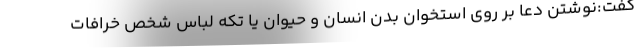
گفت:نوشتن دعا بر روی استخوان بدن انسان و حیوان یا تکه لباس شخص خرافات